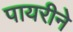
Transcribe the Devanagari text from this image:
पायरीने